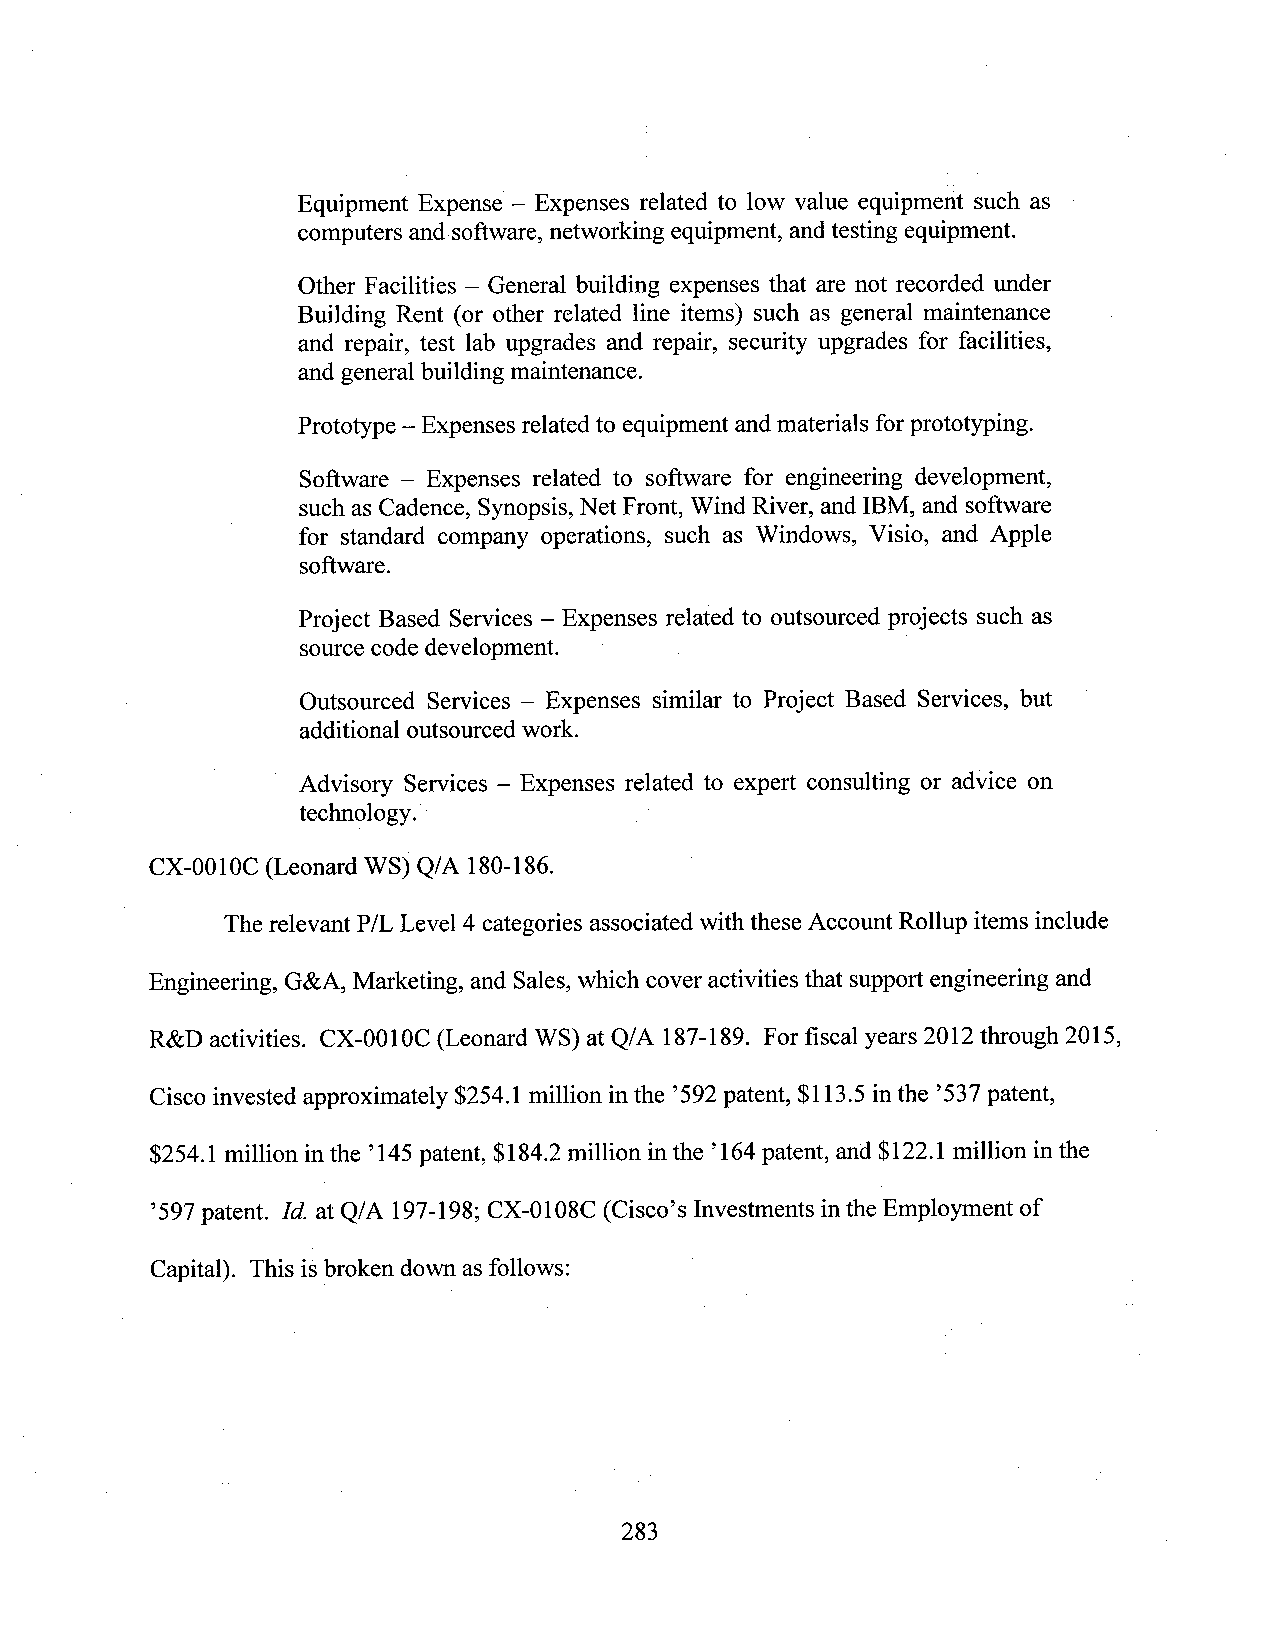
Equipment Expense - Expenses related to low value equipment such as
 computers and software,networking equipment, andtesting equipment.
 Other Facilities - General building expenses that are not recorded imder
 Building Rent (or other related line items) such as general maintenance
 and repair, test lab upgrades and repair, security upgrades for facilities,
 and general building maintenance.
 Prototype —Expenses related to equipment and materials forprototyping.
 Software —Expenses related to software for engineering development,
 such as Cadence, Synopsis,Net Front, Wind River, and IBM, and software
 for standard company operations, such as Windows, Visio, and Apple
 software.
 Project Based Services —Expenses related to outsourced projects such as
 source code development.
 Outsourced Services —Expenses similar to Project Based Services, but
 additional outsourced work.
 Advisory Services —Expenses related to expert consulting or advice on
 technologyj
 CX-0010C (Leonard WS) Q/A 180-186.
 The relevant P/L Level 4 categories associated with these Account Rollup items include
 Engineering, G&A, Marketing, and Sales,which cover activities that support engineering and
 R&D activities. CX-0010C (Leonard WS) at Q/A 187-189. For fiscal years 2012 through 2015
 Cisco invested approximately $254.1 million inthe ’592patent, $113.5 inthe ’537patent,
 $254 1million inthe ’145patent, $184.2 million inthe ’164 patent, and $122.1 million inthe
 597 patent Id. at Q/A 197-198;CX-0108C (Cisco’s Investments inthe Employment of
 Capital) This is broken down asfollows: '
 283